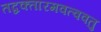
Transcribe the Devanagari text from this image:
तद्वक्तारमवत्ववतु